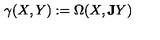
\gamma ( X , Y ) : = \Omega ( X , { \bf J } Y )